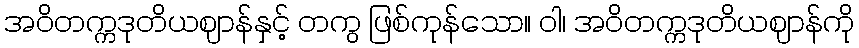
အဝိတက္ကဒုတိယဈာန်နှင့် တကွ ဖြစ်ကုန်သော။ ဝါ၊ အဝိတက္ကဒုတိယဈာန်ကို